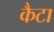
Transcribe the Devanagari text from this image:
कैटा